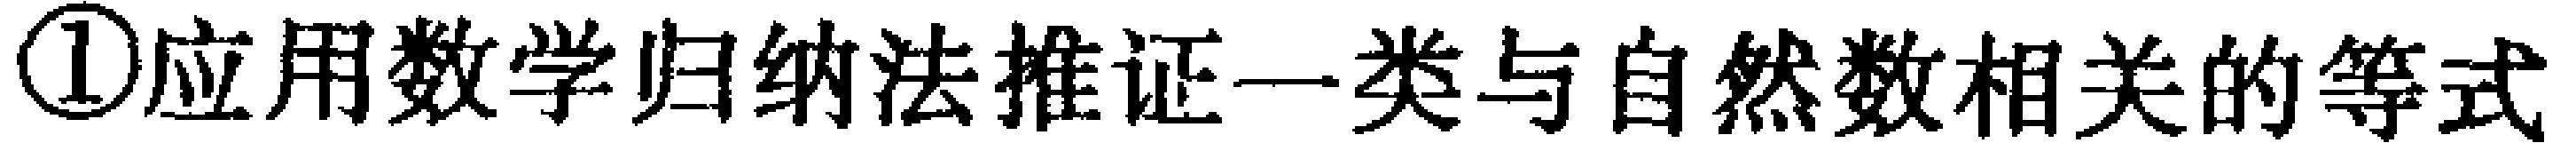
\textcircled{1}应用数学归纳法推证一类与自然数相关的等式